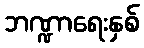
ဘဏ္ဍာရေးနှစ်